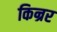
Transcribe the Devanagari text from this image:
किन्रर